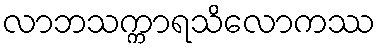
လာဘသက္ကာရသိလောကဿ